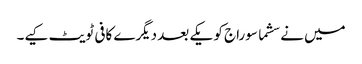
میں نے سشما سوراج کو یکے بعد دیگرے کافی ٹویٹ کیے۔